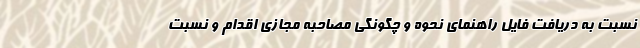
نسبت به دریافت فایل راهنمای نحوه و چگونگی مصاحبه مجازی اقدام و نسبت